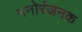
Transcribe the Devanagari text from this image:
मनोरंजनक